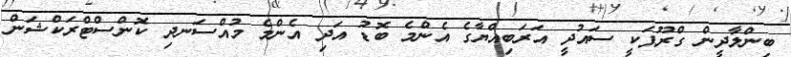
ބިންލާދީން ގްރޫޕަކީ ސައުދީ އަރަބިއްޔާގެ އެންމެ ބޮޑު އަދި އެންމެ މުއްސަނދި ކޮންސްޓްރަކްޝަން